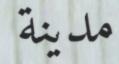
مدينة